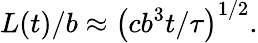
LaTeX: {L(t)}/b\approx\left({cb^{3}t}/{\tau}\right)^{1/2}.